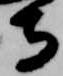
寺